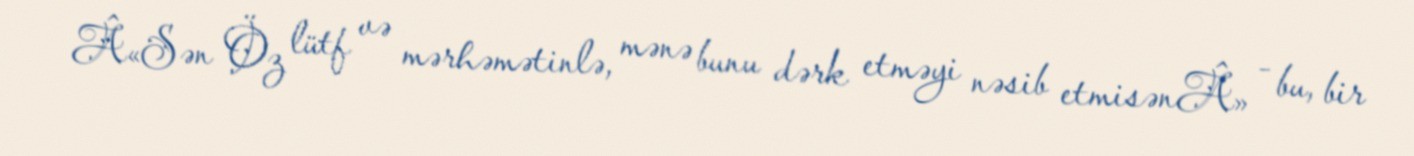
Â«Sən Öz lütf və mərhəmətinlə, mənə bunu dərk etməyi nəsib etmisənÂ» - bu, bir